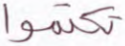
تكتموا